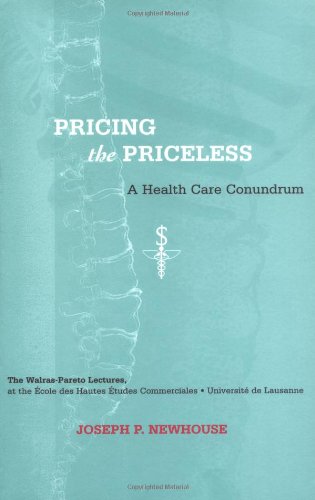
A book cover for Pricing the Priceless: A Health Care Conundrum (Walras-Pareto Lectures); Joseph P. Newhouse; Medical Books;